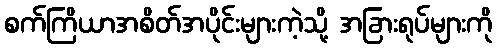
စက်ကြိယာအစိတ်အပိုင်းများကဲ့သို့ အခြားရုပ်များကို